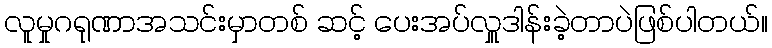
လူမှုဂရုဏာအသင်းမှာတစ် ဆင့် ပေးအပ်လှူဒါန်းခဲ့တာပဲဖြစ်ပါတယ်။